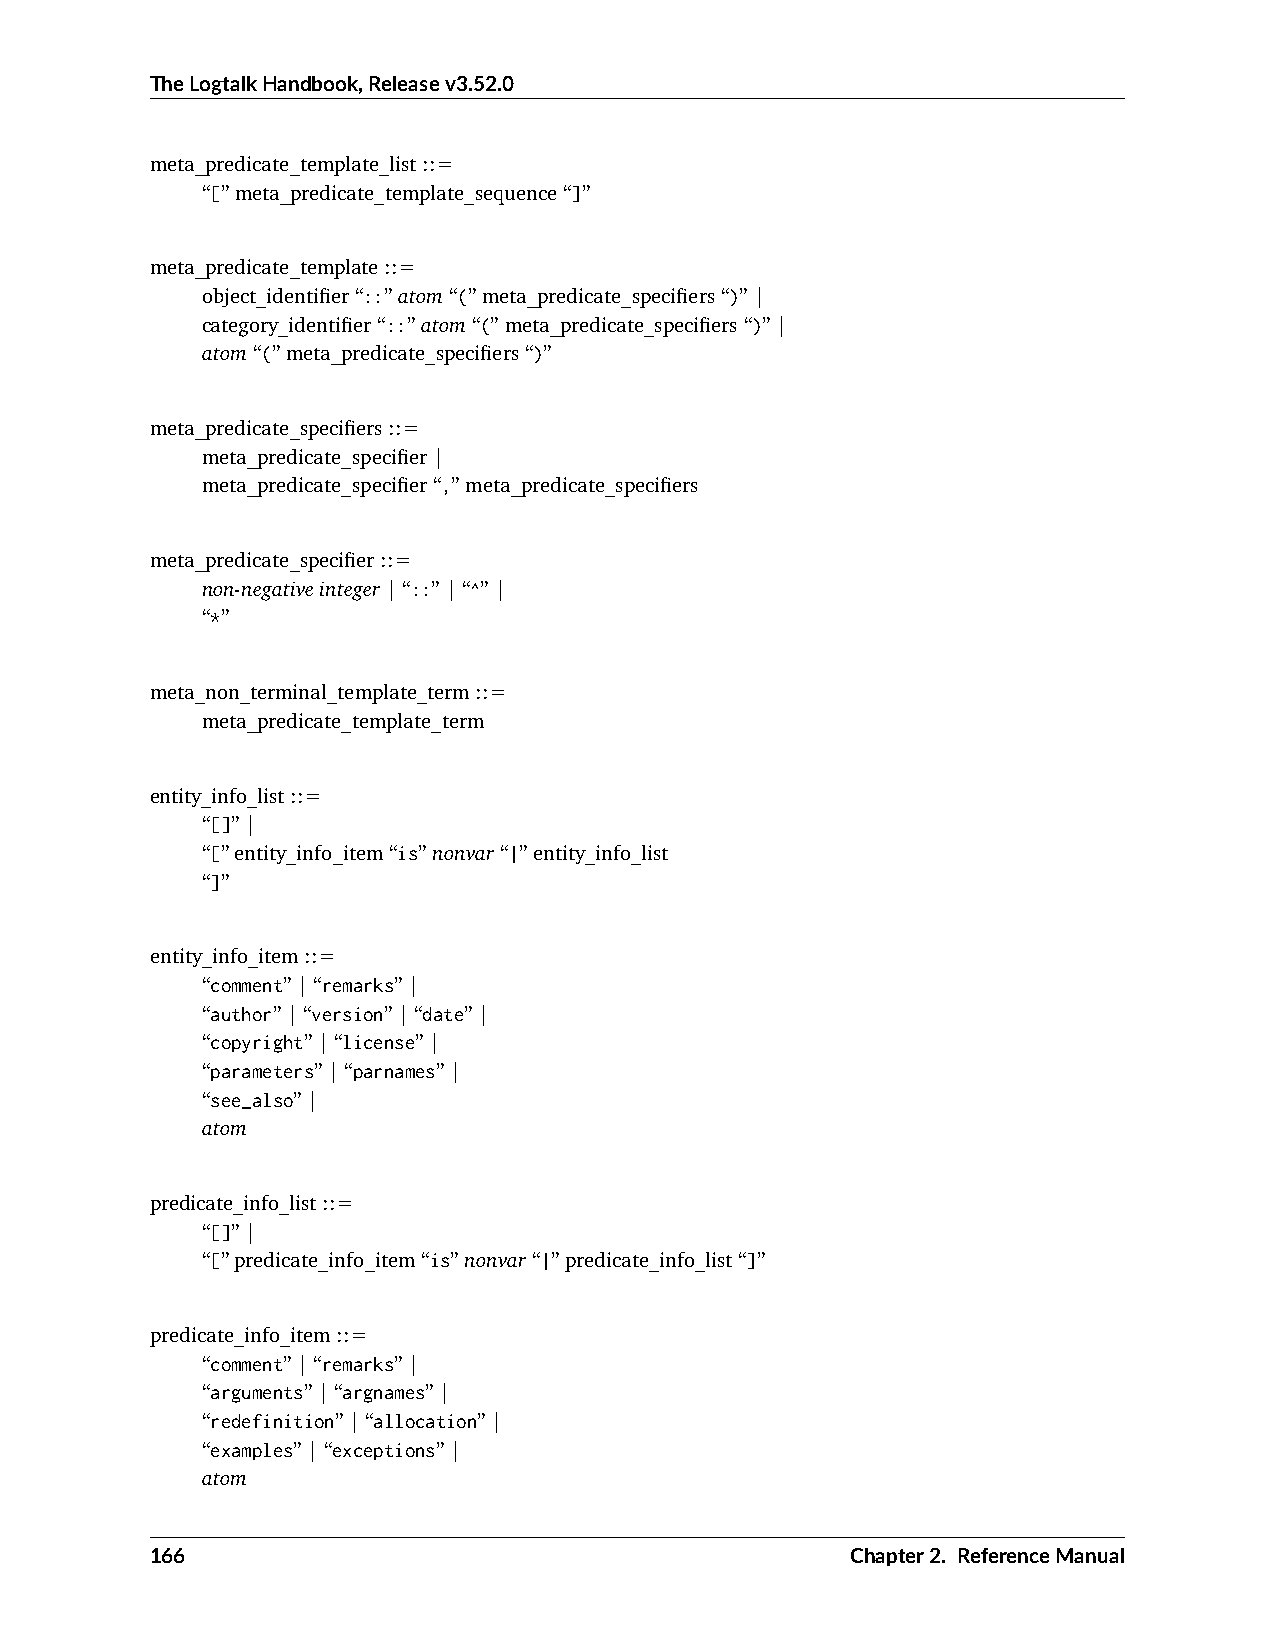
TheLogtalkHandbook,Releasev3.52.0
 meta_predicate_template_list::=
 “[”meta_predicate_template_sequence“]”
 meta_predicate_template::=
 object_identifier“::”atom“(”meta_predicate_specifiers“)”|
 category_identifier“::”atom“(”meta_predicate_specifiers“)”|
 atom“(”meta_predicate_specifiers“)”
 meta_predicate_specifiers::=
 meta_predicate_specifier|
 meta_predicate_specifier“,”meta_predicate_specifiers
 meta_predicate_specifier::=
 non-negativeinteger|“::”|“^”|
 “*”
 meta_non_terminal_template_term::=
 meta_predicate_template_term
 entity_info_list::=
 “[]”|
 “[”entity_info_item“is”nonvar“|”entity_info_list
 “]”
 entity_info_item::=
 “comment”|“remarks”|
 “author”|“version”|“date”|
 “copyright”|“license”|
 “parameters”|“parnames”|
 “see_also”|
 atom
 predicate_info_list::=
 “[]”|
 “[”predicate_info_item“is”nonvar“|”predicate_info_list“]”
 predicate_info_item::=
 “comment”|“remarks”|
 “arguments”|“argnames”|
 “redefinition”|“allocation”|
 “examples”|“exceptions”|
 atom
 166                                           Chapter2. ReferenceManual